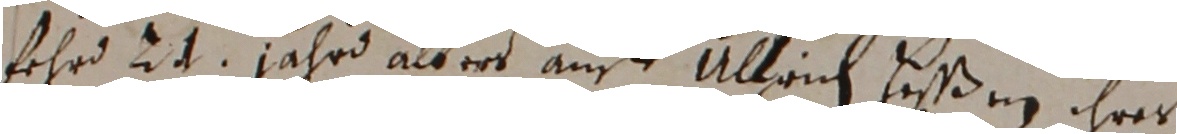
fehr 24 jahrd alles auff Ullrich heßen ihres